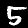
Label: 5